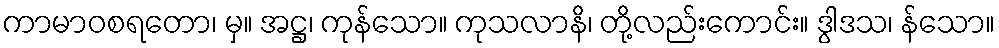
ကာမာဝစရတော၊ မှ။ အဋ္ဌ၊ ကုန်သော။ ကုသလာနိ၊ တို့လည်းကောင်း။ ဒွါဒသ၊ န်သော။